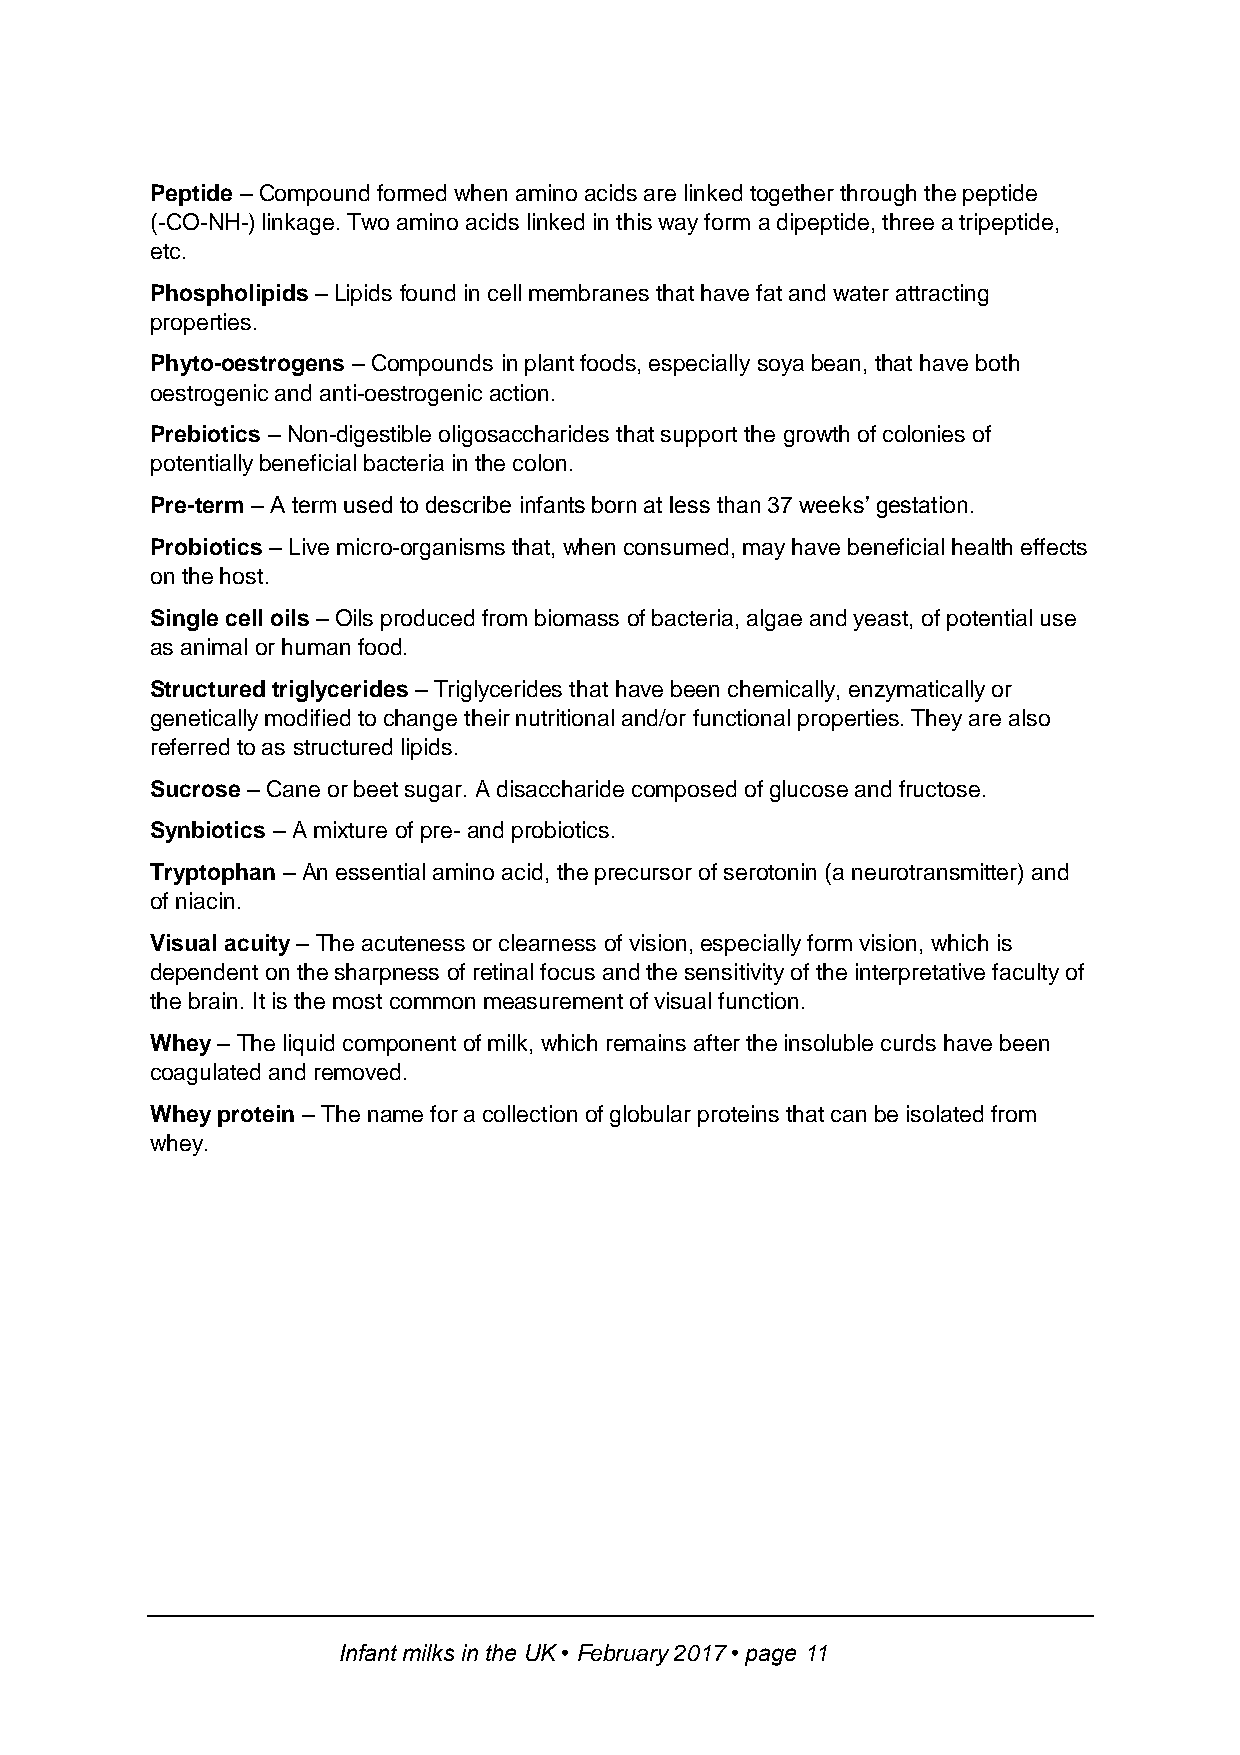
Peptide – Compound formed when amino acids are linked together through the peptide
 (-CO-NH-) linkage. Two amino acids linked in this way form a dipeptide, three a tripeptide,
 etc.
 Phospholipids – Lipids found in cell membranes that have fat and water attracting
 properties.
 Phyto-oestrogens – Compounds in plant foods, especially soya bean, that have both
 oestrogenic and anti-oestrogenic action.
 Prebiotics – Non-digestible oligosaccharides that support the growth of colonies of
 potentially beneficial bacteria in the colon.
 Pre-term – A term used to describe infants born at less than 37 weeks’ gestation.
 Probiotics – Live micro-organisms that, when consumed, may have beneficial health effects
 on the host.
 Single cell oils – Oils produced from biomass of bacteria, algae and yeast, of potential use
 as animal or human food.
 Structured triglycerides – Triglycerides that have been chemically, enzymatically or
 genetically modified to change their nutritional and/or functional properties. They are also
 referred to as structured lipids.
 Sucrose – Cane or beet sugar. A disaccharide composed of glucose and fructose.
 Synbiotics – A mixture of pre- and probiotics.
 Tryptophan – An essential amino acid, the precursor of serotonin (a neurotransmitter) and
 of niacin.
 Visual acuity – The acuteness or clearness of vision, especially form vision, which is
 dependent on the sharpness of retinal focus and the sensitivity of the interpretative faculty of
 the brain. It is the most common measurement of visual function.
 Whey – The liquid component of milk, which remains after the insoluble curds have been
 coagulated and removed.
 Whey protein – The name for a collection of globular proteins that can be isolated from
 whey.
 Infant milks in the UK • February 2017 • page 11